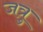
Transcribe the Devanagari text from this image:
जत्रु